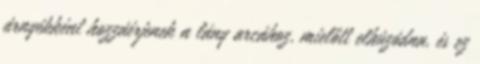
árnyékként hozzáérjenek a lány arcához, mielőtt elhúzódna, és ez